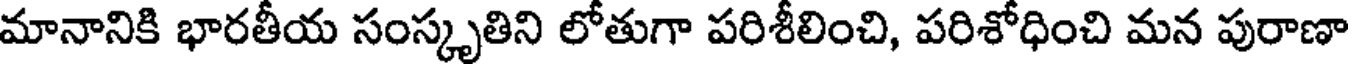
మానానికి భారతీయ సంస్కృతిని లోతుగా పరిశీలించి, పరిశోధించి మన పురాణా